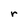
Character: r